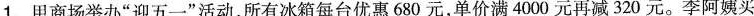
1.甲商场举办”迎五一”活动，所有冰箱每台优惠680元，单价满4000元再减320元。李阿姨买